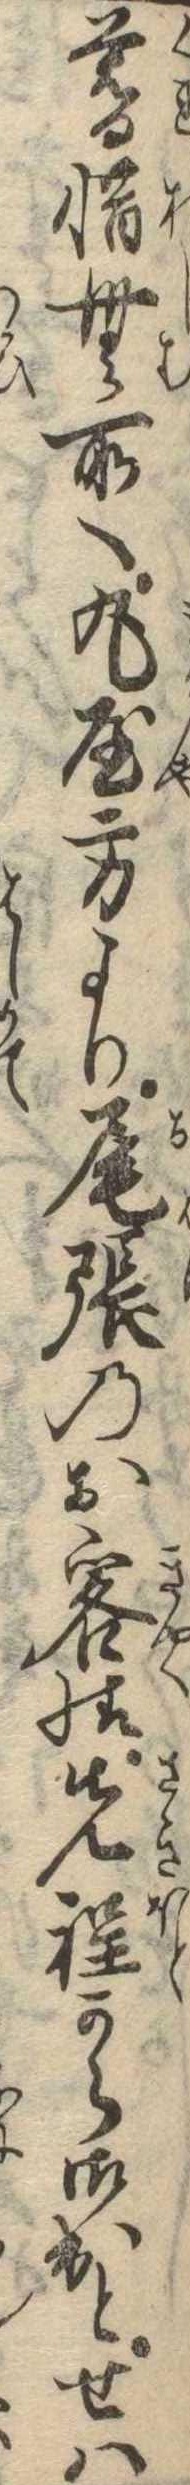
暮惜む所へ丸屋方より尾張のお客様先程から御出とせは